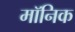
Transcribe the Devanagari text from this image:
मॉनिक